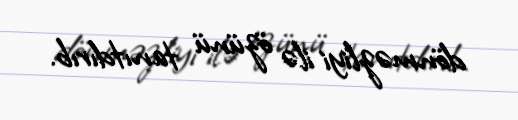
dönməzliyi ilə özünü tanıtdırıb.